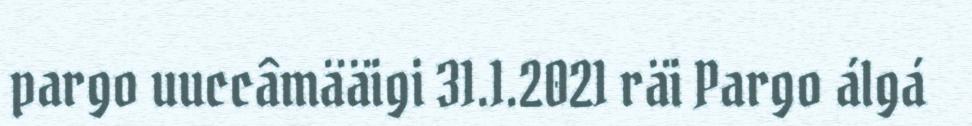
pargo uuccâmääigi 31.1.2021 räi Pargo álgá